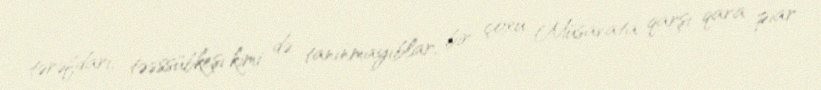
tərəfdarı, təəssübkeşi kimi də tanınmayıblar, bir çoxu Müsavata qarşı qara piar